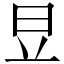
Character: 𣅋